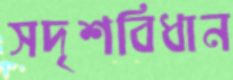
সদৃশবিধান